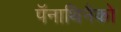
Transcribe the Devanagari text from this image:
पॅनाथिनैको